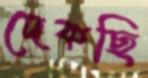
দেকছি